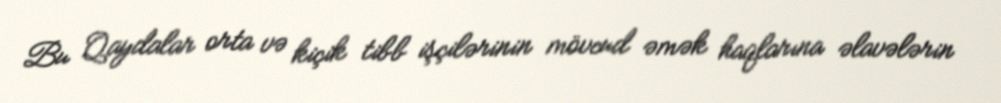
Bu Qaydalar orta və kiçik tibb işçilərinin mövcud əmək haqlarına əlavələrin